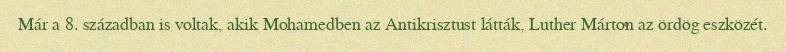
Már a 8. században is voltak, akik Mohamedben az Antikrisztust látták, Luther Márton az ördög eszközét.